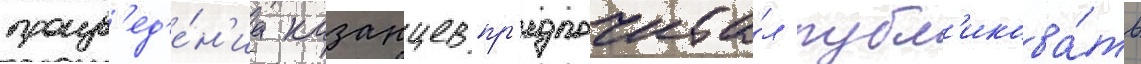
произв'ед'е́н'иа казанцев пр'едпочита́л публ'икова́ть